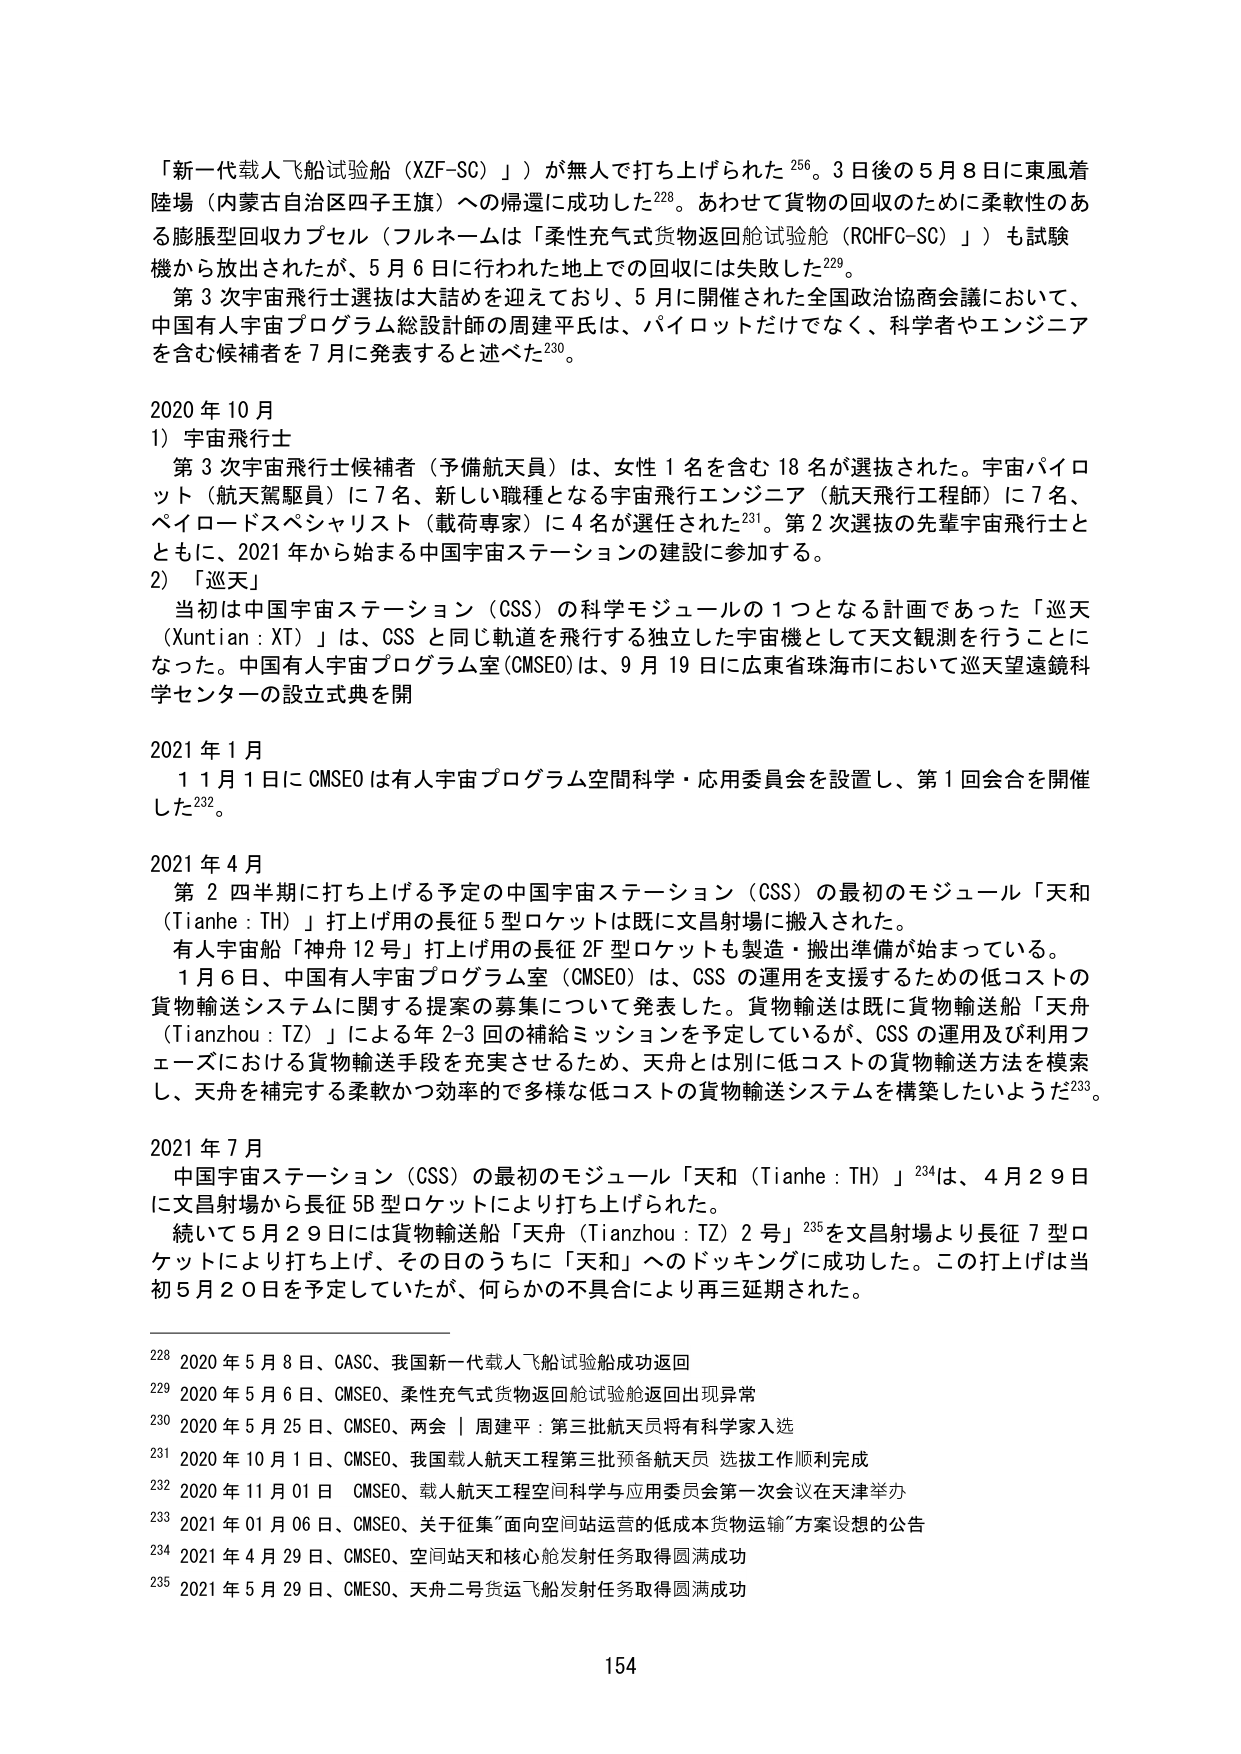
「新一代载人飞船试验船（XZF-SC）」が無人で打ち上げられた²⁵⁶。3日後の5月8日に東風着陸場（内蒙古自治区四子王旗）への帰還に成功した²²⁸。あわせて貨物の回収のために柔軟性のある膨脹型回収カプセル（フルネームは「柔性充气式货物返回舱试验舱（RCHFC-SC）」）も試験機から放出されたが、5月6日に行われた地上での回収には失敗した²²⁹。

第3次宇宙飛行士選抜は大詰めを迎えており、5月に開催された全国政治協商会議において、中国有人宇宙プログラム総設計師の周建平氏は、パイロットだけでなく、科学者やエンジニアを含む候補者を7月に発表すると述べた²³⁰。

2020年10月
1）宇宙飛行士
　第3次宇宙飛行士候補者（予備航天員）は、女性1名を含む18名が選抜された。宇宙パイロット（航天駕駛員）に7名、新しい職種となる宇宙飛行エンジニア（航天飛行工程師）に7名、ペイロードスペシャリスト（載荷専家）に4名が選任された²³¹。第2次選抜の先輩宇宙飛行士とともに、2021年から始まる中国宇宙ステーションの建設に参加する。
2）「巡天」
　当初は中国宇宙ステーション（CSS）の科学モジュールの1つとなる計画であった「巡天（Xuntian : XT）」は、CSSと同じ軌道を飛行する独立した宇宙機として天文観測を行うことになった。中国有人宇宙プログラム室（CMSEO）は、9月19日に広東省珠海市において巡天望遠鏡科学センターの設立式典を開

2021年1月
　11月1日にCMSEOは有人宇宙プログラム空間科学・応用委員会を設置し、第1回会合を開催した²³²。

2021年4月
　第2四半期に打ち上げる予定の中国宇宙ステーション（CSS）の最初のモジュール「天和（Tianhe : TH）」打ち上げ用の長征5型ロケットは既に文昌射場に搬入された。
　有人宇宙船「神舟12号」打ち上げ用の長征2F型ロケットも製造・搬出準備が始まっている。
　1月6日、中国有人宇宙プログラム室（CMSEO）は、CSSの運用を支援するための低コストの貨物輸送システムに関する提案の募集について発表した。貨物輸送は既に貨物輸送船「天舟（Tianzhou : TZ）」による年2-3回の補給ミッションを予定しているが、CSSの運用及び利用フェーズにおける貨物輸送手段を充実させるため、天舟とは別に低コストの貨物輸送方法を模索し、天舟を補完する柔軟かつ効率的で多様な低コストの貨物輸送システムを構築したいようだ²³³。

2021年7月
　中国宇宙ステーション（CSS）の最初のモジュール「天和（Tianhe : TH）」²³⁴は、4月29日に文昌射場から長征5B型ロケットにより打ち上げられた。
　続いて5月29日には貨物輸送船「天舟（Tianzhou : TZ）2号」²³⁵を文昌射場より長征7型ロケットにより打ち上げ、その日のうちに「天和」へのドッキングに成功した。この打上げは当初5月20日を予定していたが、何らかの不具合により再三延期された。

²²⁸ 2020年5月8日、CASC、我国新一代载人飞船试验船成功返回
²²⁹ 2020年5月6日、CMSEO、柔性充气式货物返回舱试验舱返回出现异常
²³⁰ 2020年5月25日、CMSEO、两会｜周建平：第三批航天员将有科学家入选
²³¹ 2020年10月1日、CMSEO、我国载人航天工程第三批预备航天员选拔工作顺利完成
²³² 2020年11月01日、CMSEO、载人航天工程空间科学与应用委员会第一次会议在天津举办
²³³ 2021年01月06日、CMSEO、关于征集“面向空间站运营的低成本货物运输”方案设想的公告
²³⁴ 2021年4月29日、CMSEO、空间站天和核心舱发射任务取得圆满成功
²³⁵ 2021年5月29日、CMSEO、天舟二号货运飞船发射任务取得圆满成功

154